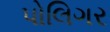
પોલિગર